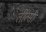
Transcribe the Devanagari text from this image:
तीत्सी